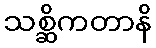
သစ္ဆိကတာနိ